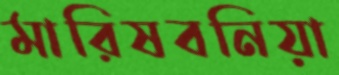
মারিষবনিয়া